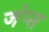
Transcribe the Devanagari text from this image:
जंप्स